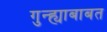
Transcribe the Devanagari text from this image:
गुन्ह्याबाबत